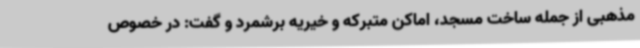
مذهبی از جمله ساخت مسجد، اماکن متبرکه و خیریه برشمرد و گفت: در خصوص